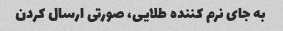
به جای نرم کننده طلایی، صورتی ارسال کردن